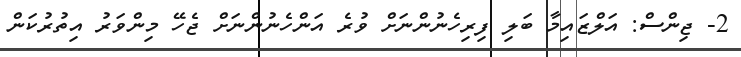
2- ޖިންސް: އަލްޒައިމާ ބަލި ފިރިހެނުންނަށް ވުރެ އަންހެނުންނަށް ޖެހޭ މިންވަރު އިތުރުކަން